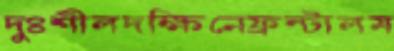
দুঃশীলদক্ষিনেফ্রন্টালম